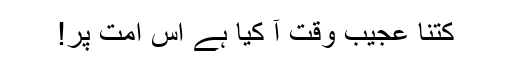
کتنا عجیب وقت آ کیا ہے اس امت پر!